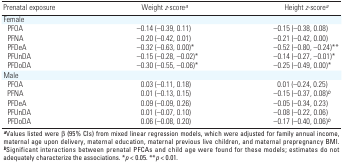
<table><thead><tr><td><b>Prenatal exposure</b></td><td><b>Weight <i>z</i>-score<sup><i>a</i></sup></b></td><td><b>Height <i>z</i>-score<sup><i>a</i></sup></b></td></tr></thead><tbody><tr><td><b>Female</b></td></tr><tr><td><b>PFOA</b></td><td>–0.14 (–0.39, 0.11)</td><td>–0.15 (–0.38, 0.08)</td></tr><tr><td><b>PFNA</b></td><td>–0.20 (–0.42, 0.01)</td><td>–0.21 (–0.42, 0.00)</td></tr><tr><td><b>PFDeA</b></td><td>–0.32 (–0.63, 0.00)*</td><td>–0.52 (–0.80, –0.24)**</td></tr><tr><td><b>PFUnDA</b></td><td>–0.15 (–0.28, –0.02)*</td><td>–0.14 (–0.27, –0.01)*</td></tr><tr><td><b>PFDoDA</b></td><td>–0.30 (–0.55, –0.06)*</td><td>–0.25 (–0.49, 0.00)*</td></tr><tr><td><b>Male</b></td></tr><tr><td><b>PFOA</b></td><td>0.03 (–0.11, 0.18)</td><td>0.01 (–0.24, 0.25)</td></tr><tr><td><b>PFNA</b></td><td>0.01 (–0.13, 0.15)</td><td>–0.15 (–0.37, 0.08)<sup><i>b</i></sup></td></tr><tr><td><b>PFDeA</b></td><td>0.09 (–0.09, 0.26)</td><td>–0.05 (–0.34, 0.23)</td></tr><tr><td><b>PFUnDA</b></td><td>0.01 (–0.07, 0.10)</td><td>–0.08 (–0.22, 0.06)</td></tr><tr><td><b>PFDoDA</b></td><td>0.06 (–0.08, 0.20)</td><td>–0.17 (–0.40, 0.06)<sup><i>b</i></sup></td></tr><tr><td colspan="3"><sup><i><b>a</b></i></sup>Values listed were β (95% CIs) from mixed linear regression models, which were adjusted for family annual income, maternal age upon delivery, maternal education, maternal previous live children, and maternal prepregnancy BMI. <sup><i><b>b</b></i></sup>Significant interactions between prenatal PFCAs and child age were found for these models; estimates do not adequately characterize the associations. *<i>p</i> &lt; 0.05. **<i>p</i> &lt; 0.01.</td></tr></tbody></table>